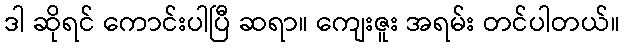
ဒါ ဆိုရင် ကောင်းပါပြီ ဆရာ။ ကျေးဇူး အရမ်း တင်ပါတယ်။